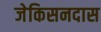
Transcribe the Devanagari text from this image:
जेकिसनदास